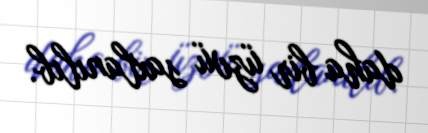
daha bir üzvü saxlanılıb.